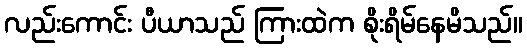
လည်းကောင်း ပီယာသည် ကြားထဲက စိုးရိမ်နေမိသည်။